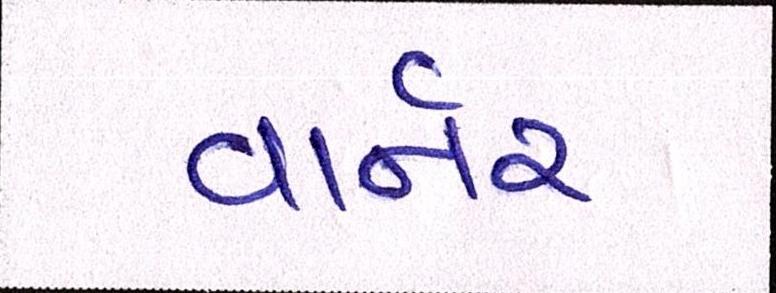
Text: વાર્નર